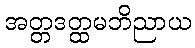
အတ္တဒတ္ထမဘိညာယ